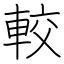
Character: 較